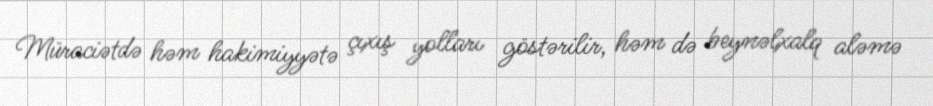
Müraciətdə həm hakimiyyətə çıxış yolları göstərilir, həm də beynəlxalq aləmə